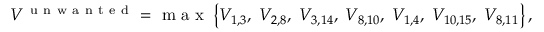
\begin{array} { r } { V ^ { \mathrm { ~ u ~ n ~ w ~ a ~ n ~ t ~ e ~ d ~ } } = \mathrm { ~ m ~ a ~ x ~ } \left\{ V _ { 1 , 3 } , \; V _ { 2 , 8 } , \; V _ { 3 , 1 4 } , \; V _ { 8 , 1 0 } , \; V _ { 1 , 4 } , \; V _ { 1 0 , 1 5 } , \; V _ { 8 , 1 1 } \right\} , } \end{array}